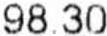
98.30